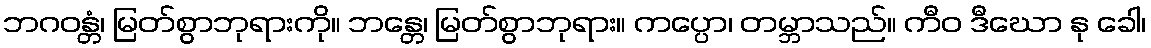
ဘဂဝန္တံ၊ မြတ်စွာဘုရားကို။ ဘန္တေ၊ မြတ်စွာဘုရား။ ကပ္ပော၊ တမ္ဘာသည်။ ကီဝ ဒီဃော နု ခေါ၊